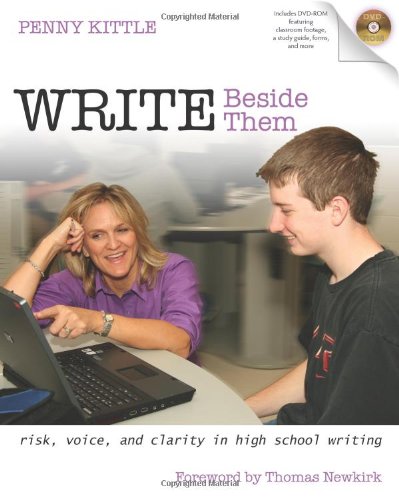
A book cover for Write Beside Them: Risk, Voice, and Clarity in High School Writing; Penny Kittle; Reference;